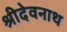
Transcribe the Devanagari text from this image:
श्रीदेवनाथ